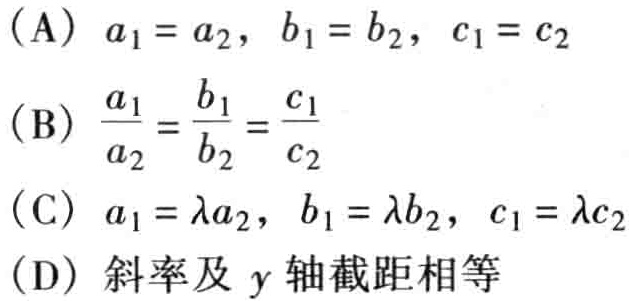
(A) \(a_{1}=a_{2},\ b_{1}=b_{2},\ c_{1}=c_{2}\)
(B) \(\frac{a_{1}}{a_{2}}=\frac{b_{1}}{b_{2}}=\frac{c_{1}}{c_{2}}\)
(C) \(a_{1}=\lambda a_{2},\ b_{1}=\lambda b_{2},\ c_{1}=\lambda c_{2}\)
(D) 斜率及 \(y\) 轴截距相等